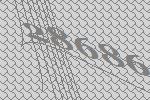
28686